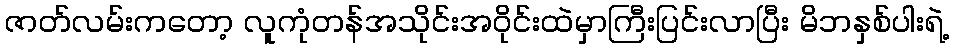
ဇာတ်လမ်းကတော့ လူကုံတန်အသိုင်းအဝိုင်းထဲမှာကြီးပြင်းလာပြီး မိဘနှစ်ပါးရဲ့